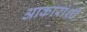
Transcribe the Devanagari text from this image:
आकारांशी